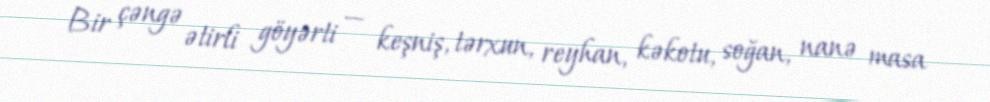
Bir çəngə ətirli göyərti — keşniş, tərxun, reyhan, kəkotu, soğan, nanə masa